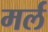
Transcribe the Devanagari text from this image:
मर्ल